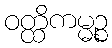
ဝတ္ထိကမ္မဉ္စ